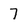
Character: 7